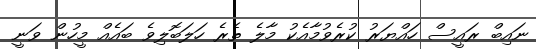
ނައިބް ރައީސް ހައްޔަރު ކުރެވުމާއެކު މާލެ ތެރެ ހަލަބޮލިވެ ބައެއް މީހުން ވަނީ